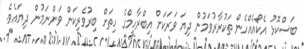
ބަސްކޮޅު އެކޯއެއްހެން ތަކުރާރުވަމުން ދިޔަ ވަރަކަށް އިބްރާހީމްގެ ހިތަށް ބިރުވެރިކަން ވަންނަމުން ދިޔައެވެ.